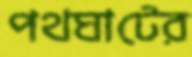
পথঘাটের